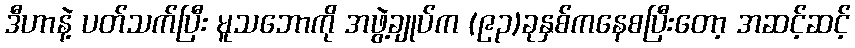
ဒီဟာနဲ့ ပတ်သက်ပြီး မူသဘောကို အဖွဲ့ချုပ်က (၉၃)ခုနှစ်ကနေစပြီးတော့ အဆင့်ဆင့်